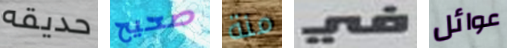
حديقه صحيح منة في عوائل